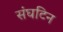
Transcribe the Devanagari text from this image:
संघटिन